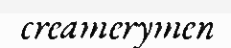
creamerymen